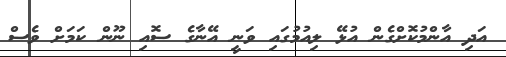
އަދި އާންމުކޮށްގެން އުޅޭ ލިއުމުގައި ވަނީ އޭނާގެ ސޮއި ނޫން ކަމަށް ވެސް